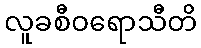
လူခစီဝရောသီတိ